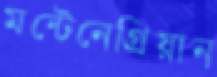
মন্টেনেগ্রিয়ান